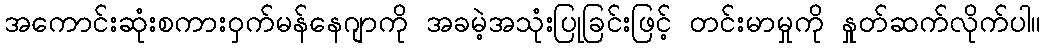
အကောင်းဆုံးစကားဝှက်မန်နေဂျာကို အခမဲ့အသုံးပြုခြင်းဖြင့် တင်းမာမှုကို နှုတ်ဆက်လိုက်ပါ။